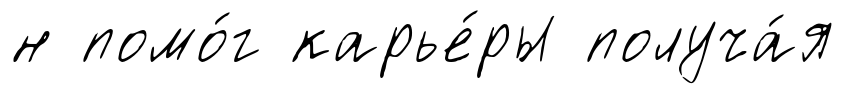
н помо́г карье́ры получа́я